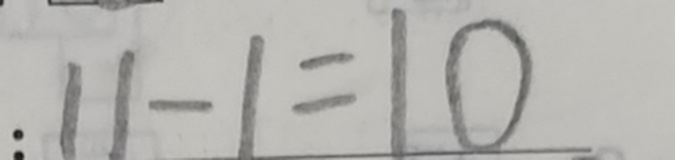
: 1 1 - 1 = 1 0